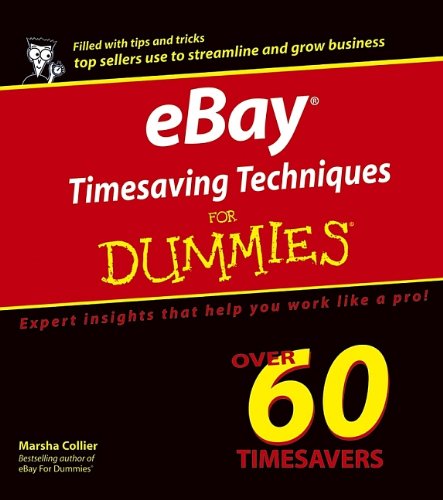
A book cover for eBay Timesaving Techniques For Dummies; Marsha Collier; Computers & Technology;